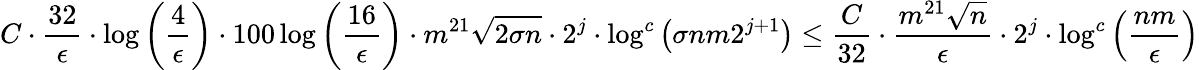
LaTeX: C\cdot\frac{32}{\epsilon}\cdot\log\left(\frac{4}{\epsilon}\right)\cdot 100\log\left(\frac{16}{\epsilon}\right)\cdot m^{21}\sqrt{2\sigma n}\cdot 2^{j}\cdot\log^{c}\left(\sigma nm2^{j+1}\right)\leq\frac{C}{32}\cdot\frac{m^{21}\sqrt{n}}{\epsilon}\cdot 2^{j}\cdot\log^{c}\left(\frac{nm}{\epsilon}\right)